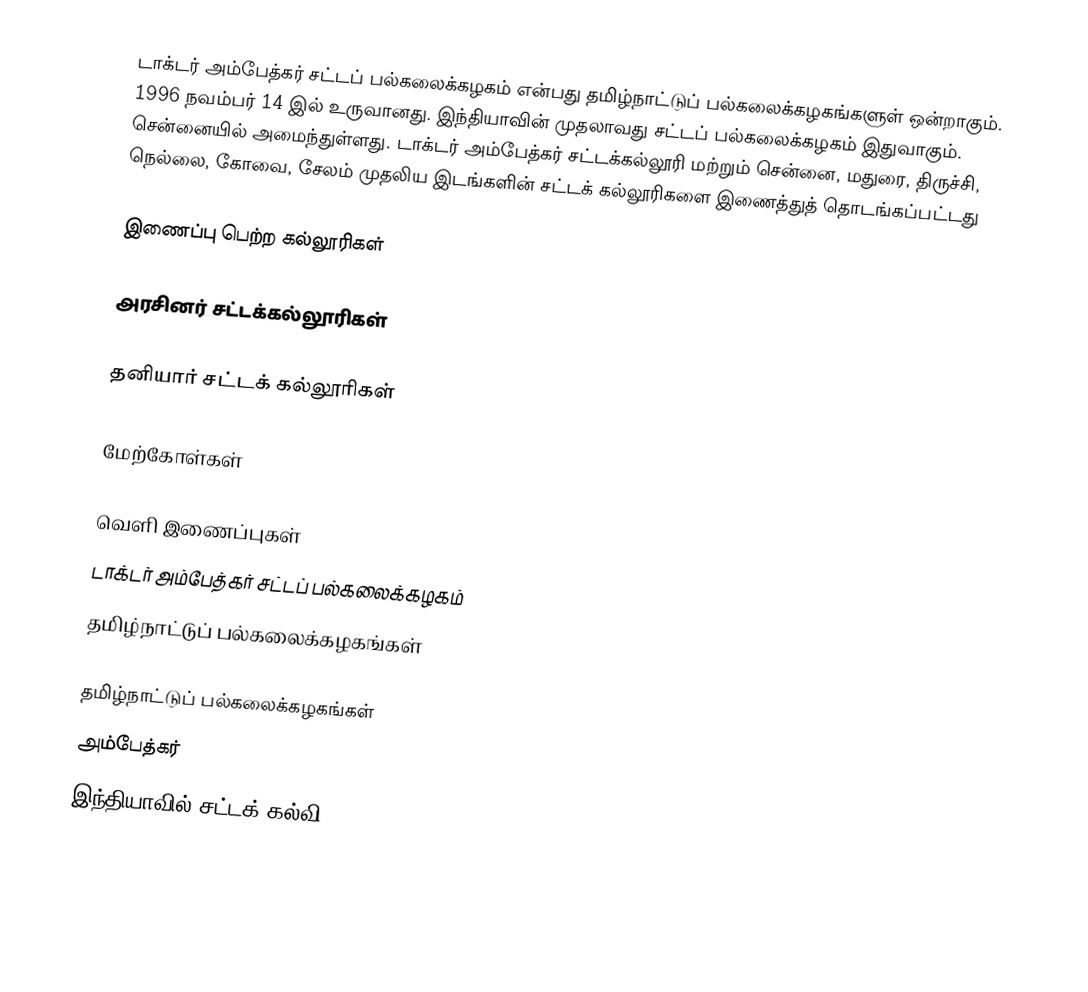
டாக்டர் அம்பேத்கர் சட்டப் பல்கலைக்கழகம் என்பது தமிழ்நாட்டுப் பல்கலைக்கழகங்களுள் ஒன்றாகும். 1996 நவம்பர் 14 இல் உருவானது. இந்தியாவின் முதலாவது சட்டப் பல்கலைக்கழகம் இதுவாகும். சென்னையில் அமைந்துள்ளது. டாக்டர் அம்பேத்கர் சட்டக்கல்லூரி மற்றும் சென்னை, மதுரை, திருச்சி, நெல்லை, கோவை, சேலம் முதலிய இடங்களின் சட்டக் கல்லூரிகளை இணைத்துத் தொடங்கப்பட்டது

இணைப்பு பெற்ற கல்லூரிகள்

அரசினர் சட்டக்கல்லூரிகள்

தனியார் சட்டக் கல்லூரிகள்

மேற்கோள்கள்

வெளி இணைப்புகள்
 டாக்டர் அம்பேத்கர் சட்டப் பல்கலைக்கழகம்
 தமிழ்நாட்டுப் பல்கலைக்கழகங்கள்

தமிழ்நாட்டுப் பல்கலைக்கழகங்கள்
அம்பேத்கர்
இந்தியாவில் சட்டக் கல்வி